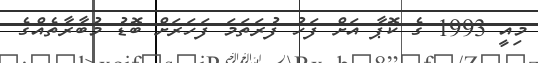
މިއީ 1993 ގެ ކޮޕާ އަށް ފަހު ފުރަތަމަ ފަހަރަށް ބޮޑު މުބާރާތެއްގެ